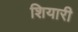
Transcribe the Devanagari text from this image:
शियारी